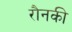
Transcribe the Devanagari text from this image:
रौनकी